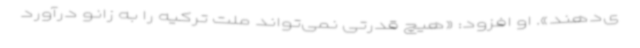
ی‌دهند». او افزود: «هیچ قدرتی نمی‌تواند ملت ترکیه را به زانو درآورد